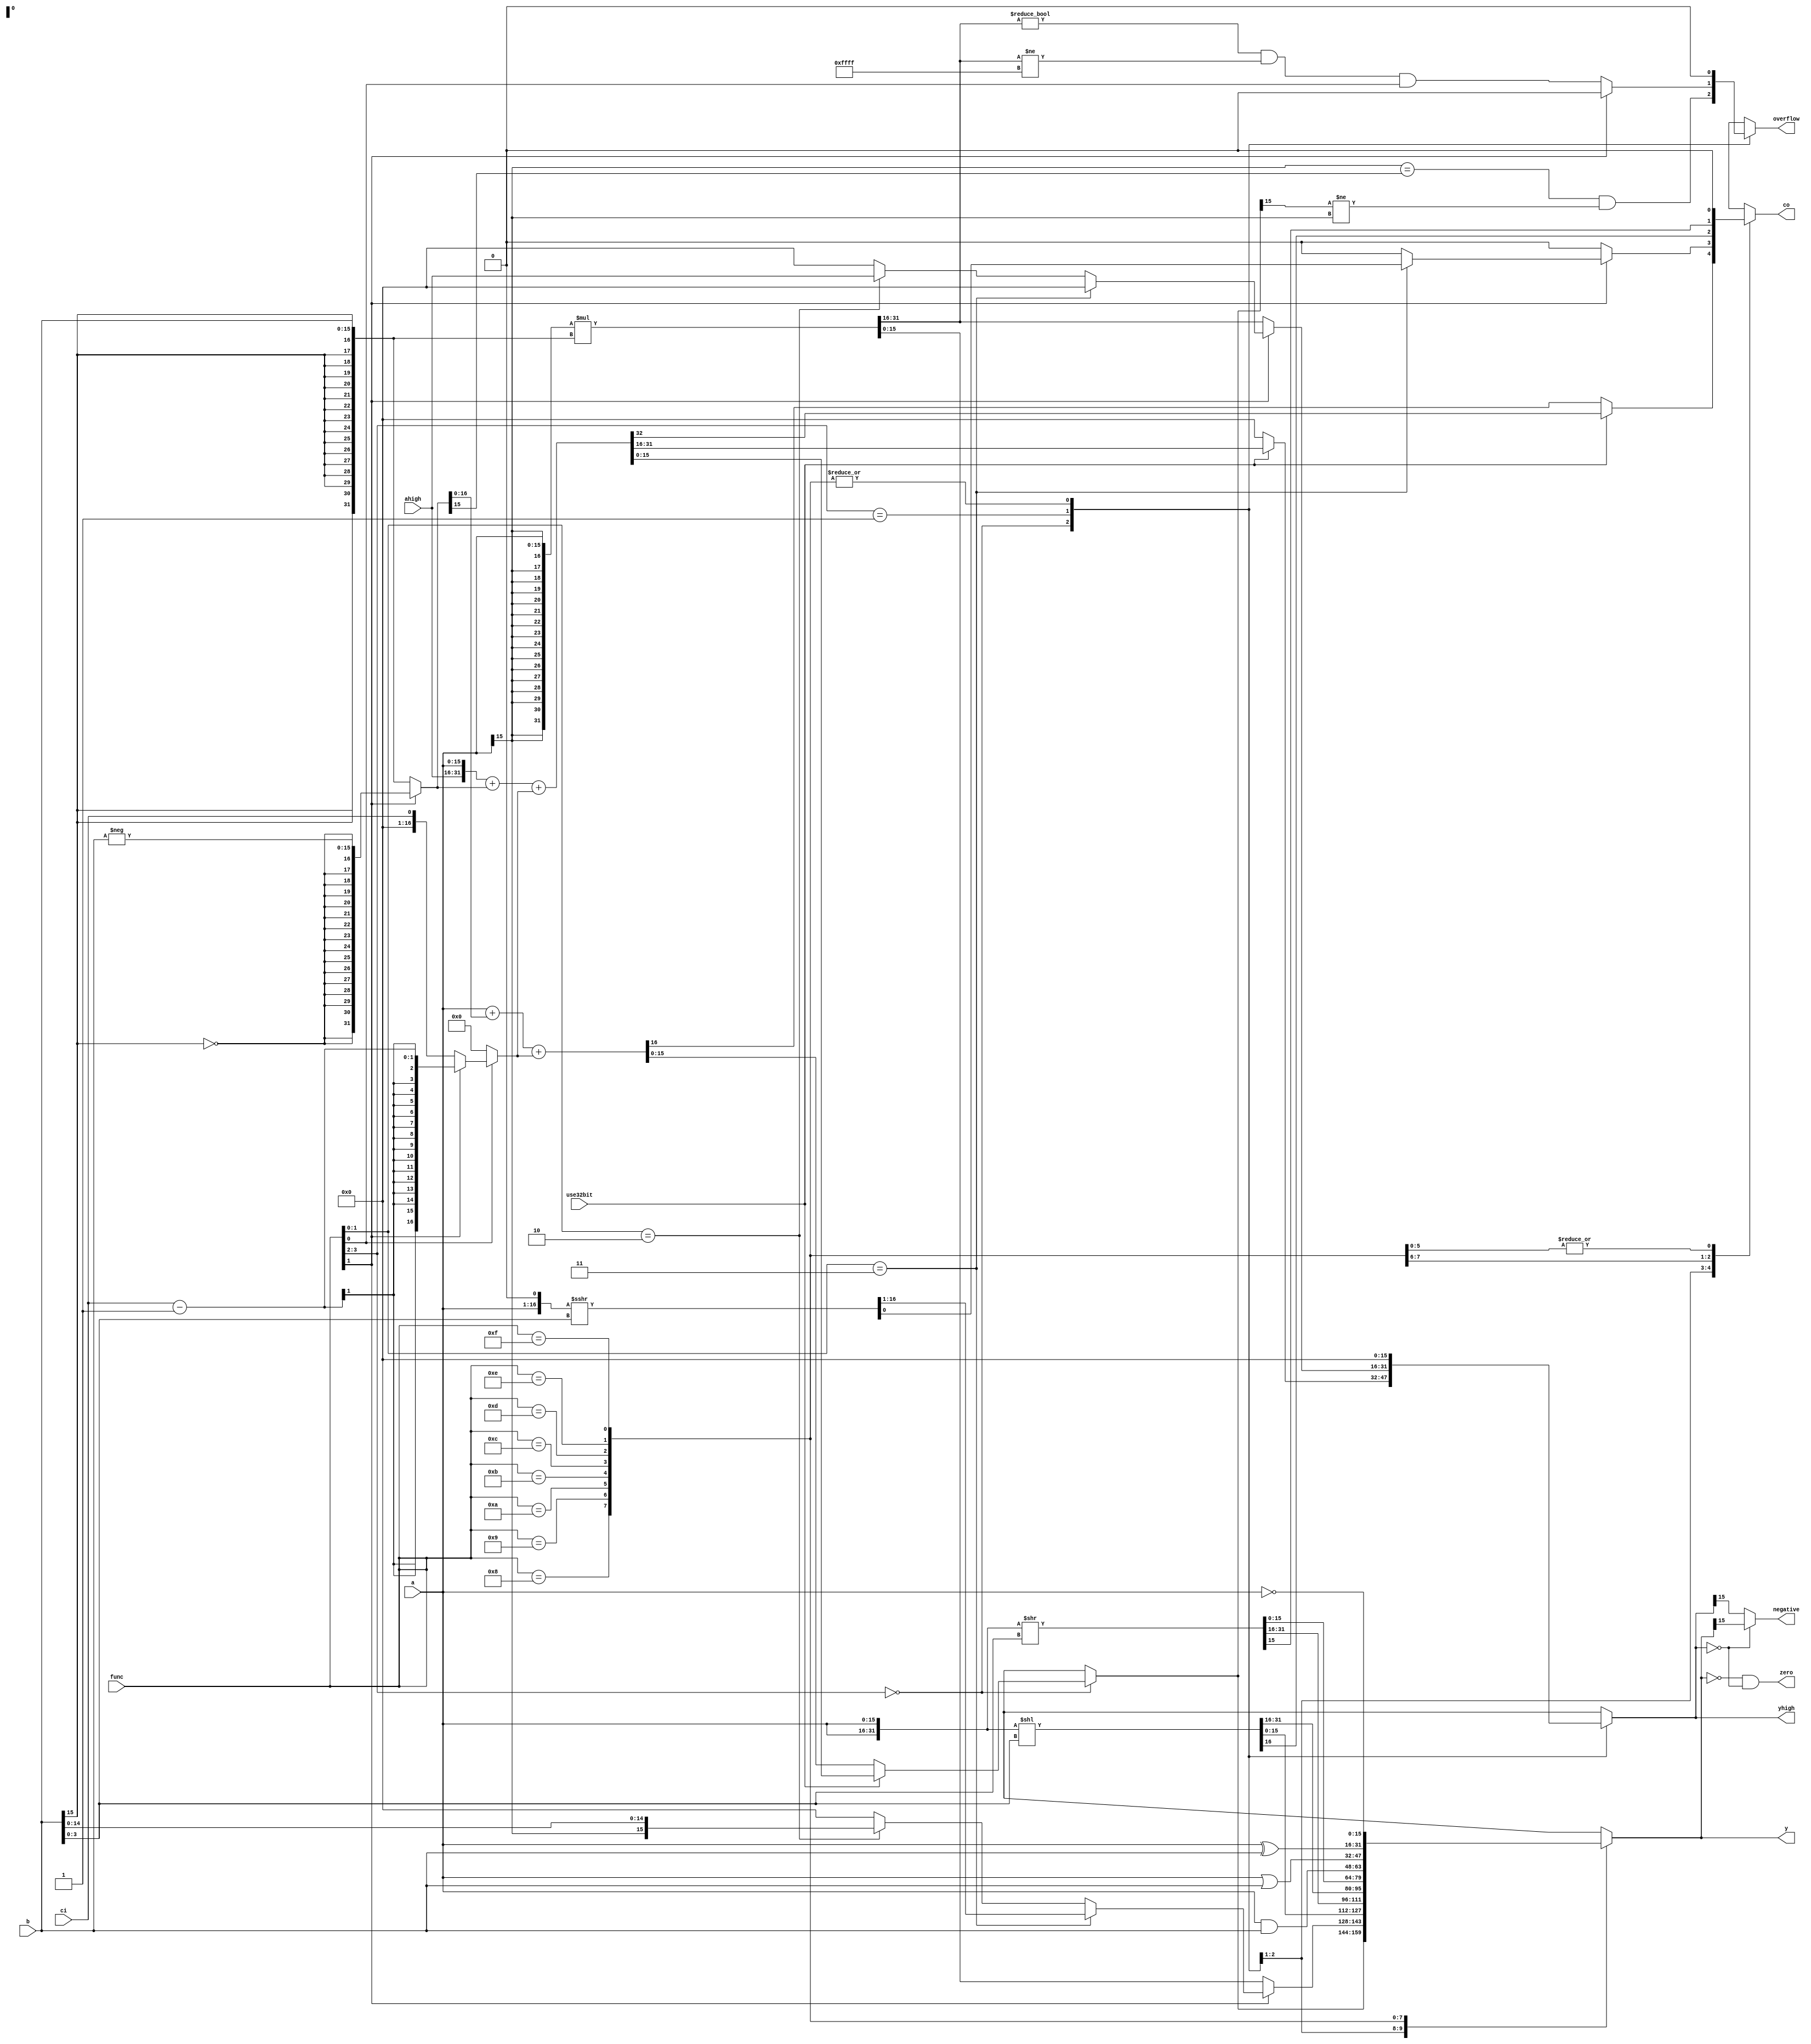
module alu(
    input wire[N-1:0] a,
    input wire[N-1:0] ahigh,
    input wire[N-1:0] b,
    input wire[3:0] func,
    input wire ci,
    input wire use32bit,
    output reg[N-1:0] y,
    output reg[N-1:0] yhigh,
    output reg co,
    output reg zero,
    output reg overflow,
    output reg negative );

parameter N = 16;



reg[2*N-1:0] negatedB;
reg[N:0] negatedCI;

reg[N-1:0] rshift;
reg[N-1:0] rrotate;
reg[N-1:0] lrotate;
reg[N-1:0] lshift;

wire[2*N-1:0] mul = {{N{a[N-1]}}, a} * {{N{b[N-1]}}, b};

reg signed[N:0] sigA;

always @ (*) begin
    y = 0;
    yhigh = 0;
    co  = 0;
    overflow = 0;

    negatedB = func[1] ? {{16{!b[15]}}, -b} : {{16{b[15]}}, b};
    negatedCI = func[1] ? ci-1 : ci;
    sigA = {a, 1'b0};
    {rshift, rrotate} = {a, a} >> b[3:0];
    {lrotate, lshift} = ({a, a} << b[3:0]);

    casez (func)
        4'b00zz: begin
            if (use32bit)
                {co, yhigh, y} = {ahigh, a} + negatedB +
                    (func[0] ? negatedCI : 16'b0);
            else
                {co, y} = a + negatedB + (func[0] ? negatedCI : 16'b0);
            overflow = (a[N-1] == negatedB[N-1]) & (y[N-1] != a[N-1]);
        end
        4'b01zz: begin
            if (func[1] == 1'b0) begin
                {yhigh, y} = {{N{a[N-1]}}, a} * {{N{b[N-1]}}, b};
                overflow = (yhigh != 0 && yhigh != 16'hFFFF) && func[0];
            end else if (func[1:0] == 2'b11) begin
                {y, co} = sigA >>> b[3:0];
            end
            else if (func[1:0] == 2'b10) begin
                {yhigh ,y} = {ahigh, a[15], b[14:0]};
            end
        end
        4'b1000: {co, y} = {lrotate[0], lshift};
        4'b1001: {co, y} = {rrotate[N-1], rshift};
        4'b1010: y = lrotate;
        4'b1011: y = rrotate;
        4'b1100: y = a & b;
        4'b1101: y = a | b;
        4'b1110: y = a ^ b;
        4'b1111: y = ~a;
    endcase

    zero = y == 0 && yhigh == 0;
    negative = yhigh == 0? y[N-1] : yhigh[N-1];
end

endmodule